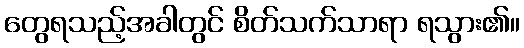
တွေရသည့်အခါတွင် စိတ်သက်သာရာ ရသွား၏။